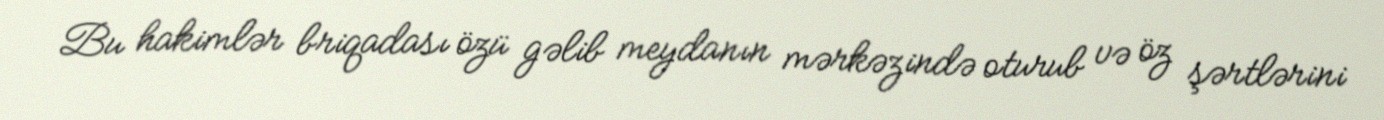
Bu hakimlər briqadası özü gəlib meydanın mərkəzində oturub və öz şərtlərini